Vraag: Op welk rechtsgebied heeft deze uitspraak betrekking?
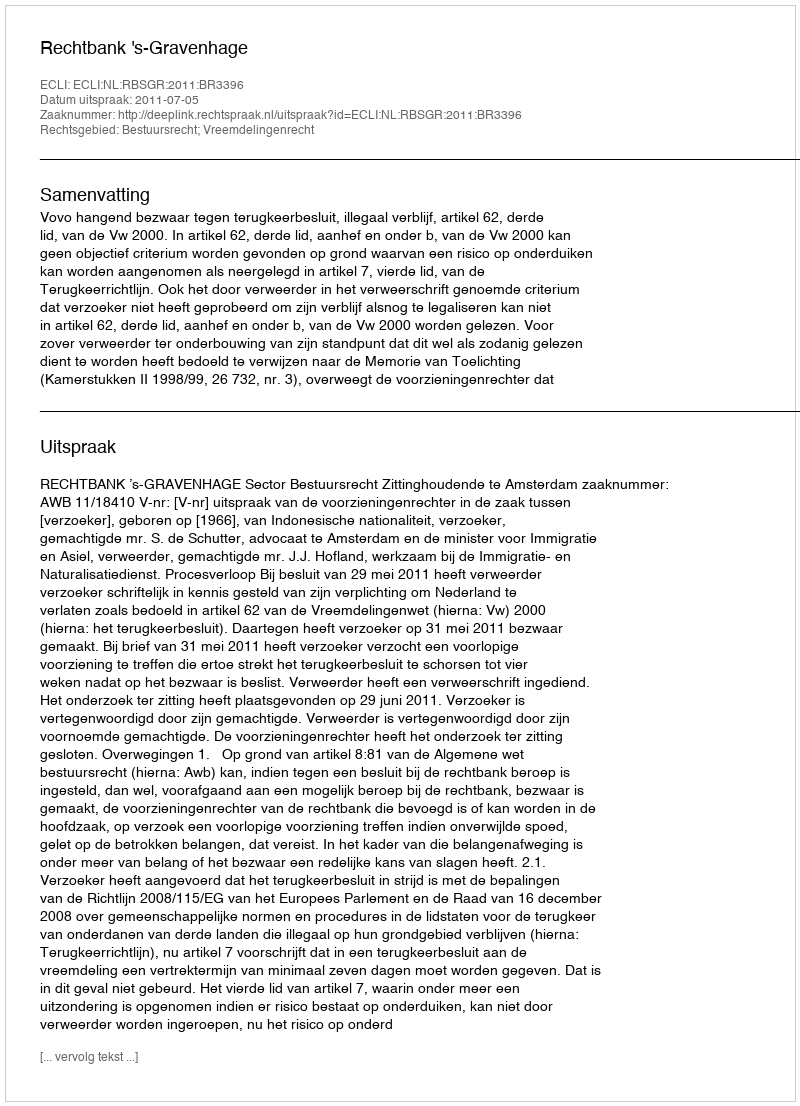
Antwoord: Bestuursrecht; Vreemdelingenrecht